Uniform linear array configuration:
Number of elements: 64
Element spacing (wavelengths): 0.75
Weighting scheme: blackman
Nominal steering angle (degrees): -45
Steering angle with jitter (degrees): -43.858
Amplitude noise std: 0.05
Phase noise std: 0.05

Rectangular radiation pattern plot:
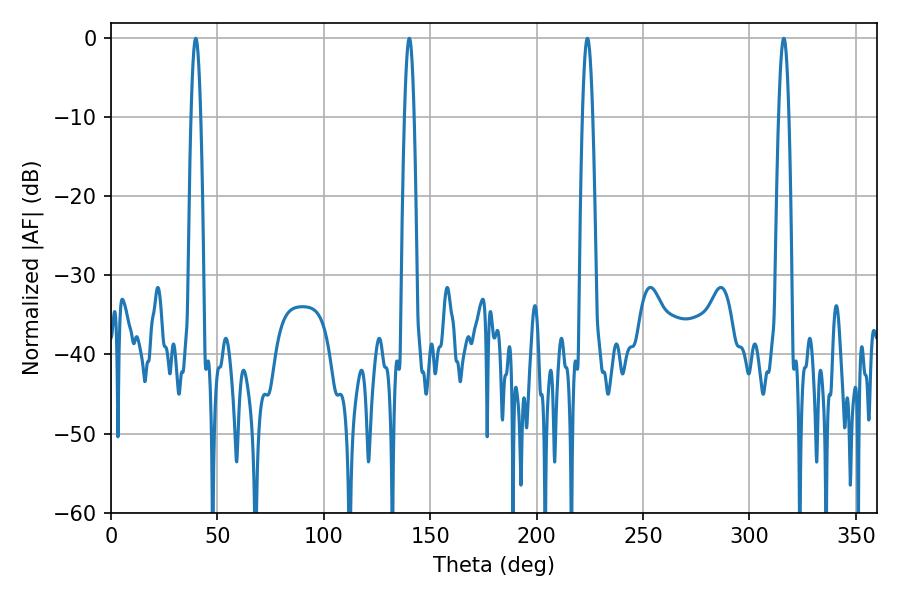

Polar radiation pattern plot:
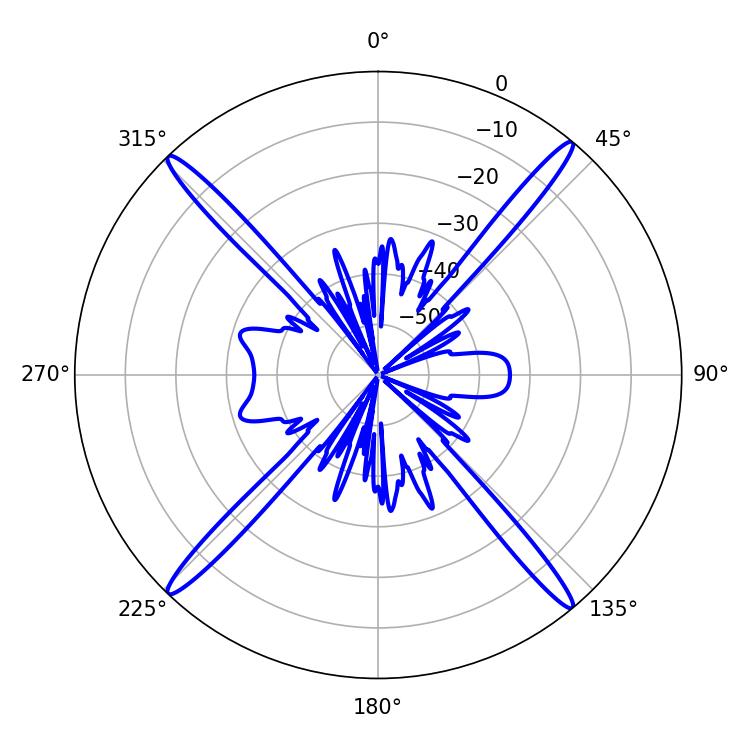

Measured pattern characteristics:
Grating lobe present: TRUE
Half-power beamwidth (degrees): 2.34
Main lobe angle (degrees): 39.78